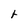
Character: r